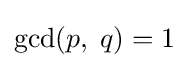
\gcd(p,\;q)=1